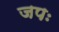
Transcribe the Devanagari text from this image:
जपः